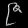
Digit: ၉